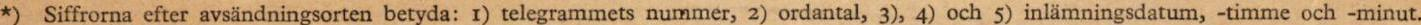
*Siffrorna efter avsändningsorten betyda: I) telegrammets nummer, 2 ) ordantal, 3), 4) och 5) inlamningsdatum, -timme och -minut.